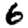
Digit: 6